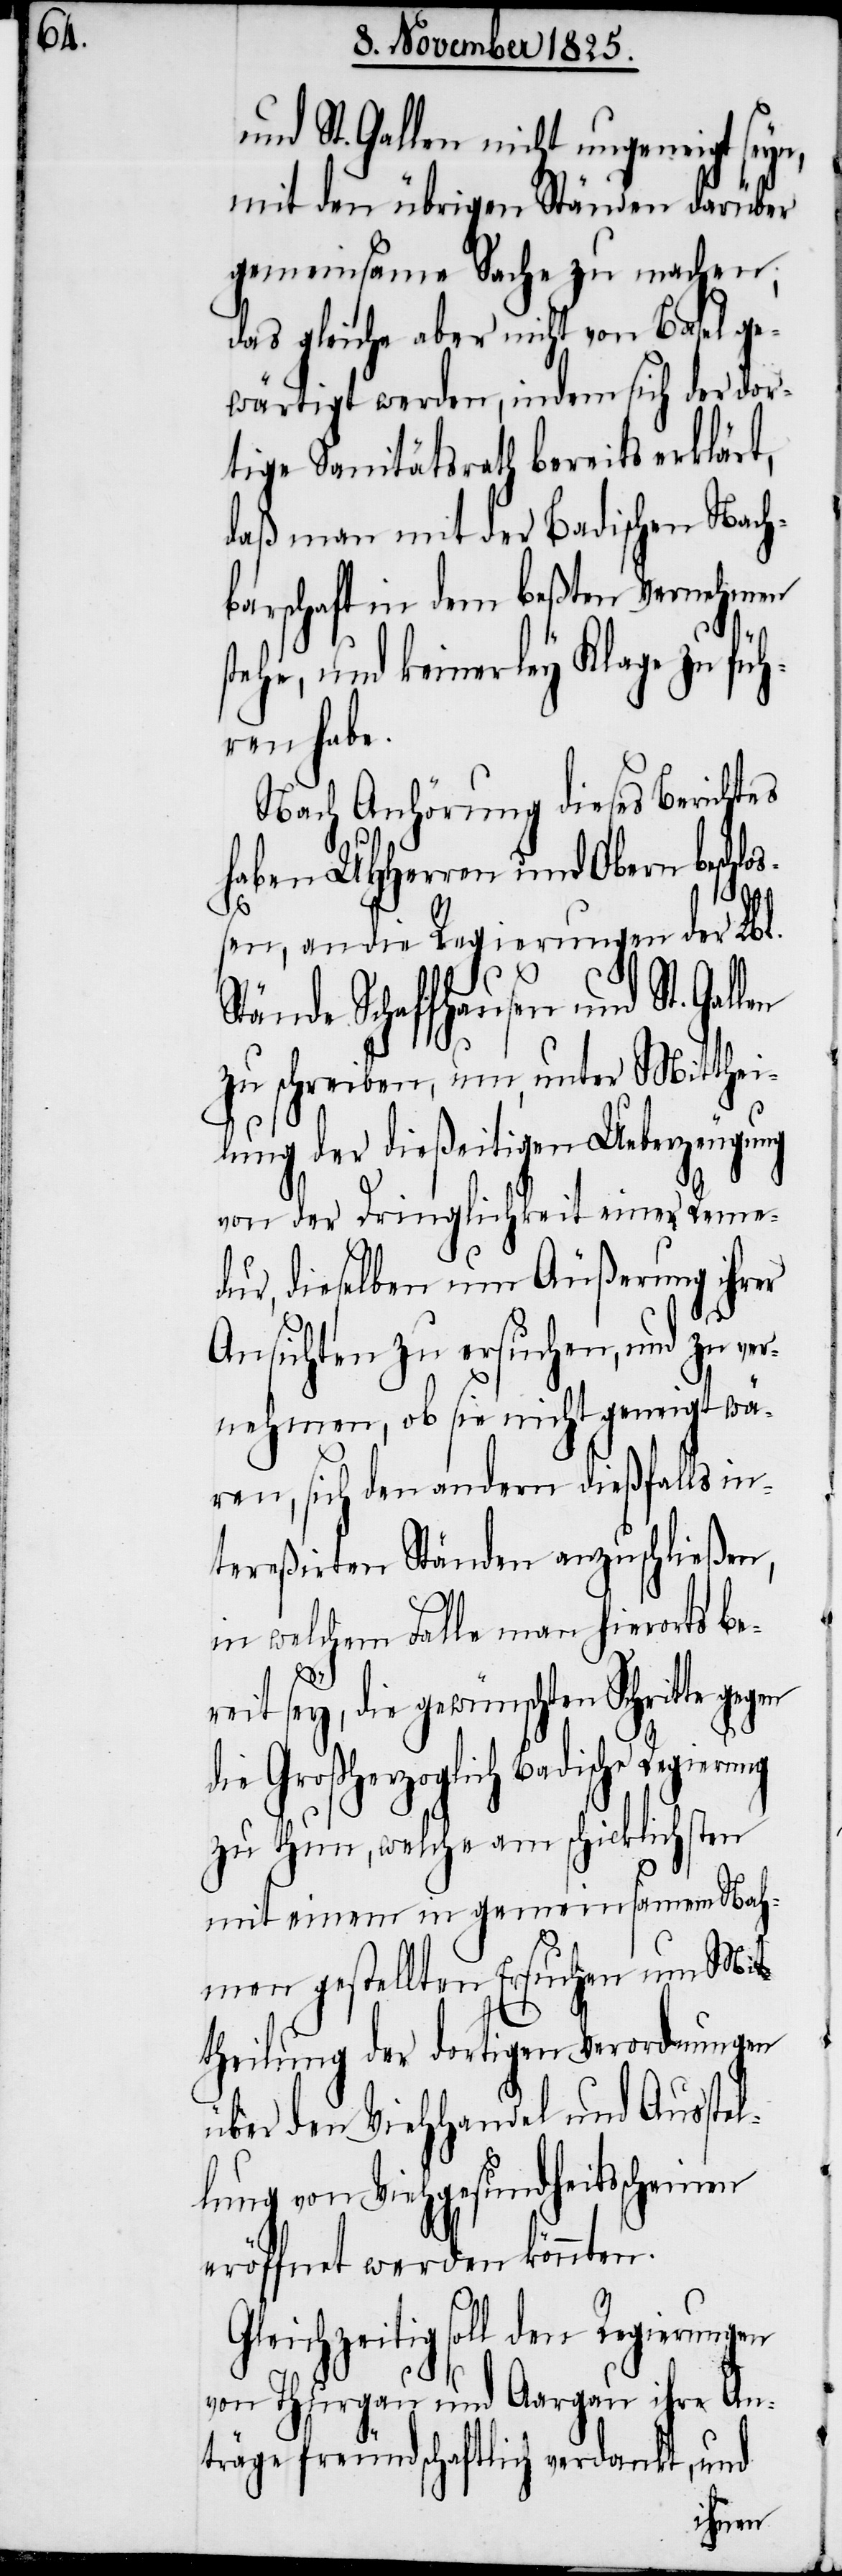
st¬

und St. Gallen nicht ungeneigt seyn,
mit den übrigen Ständen darüber
gemeinsame Sache zu machen;
das gleiche aber nicht von Basel ge¬
wärtigt werden, indem sich der dor¬
tige Sanitätsrath bereits erklärt,
daß man mit der Badischen Nach¬
barschaft in dem beßten Vernehmen
ehe, und keinerley Klage zu füh¬
ren habe.
Nach Anhörung dieses Berichtes
haben UHHerren und Obern beschl¬
ng
en, an die Regierungen der Lbl.
Stände Schaffhausen und St.
zu schreiben, um, unter Mitthei¬
lung der dießeitigen Ueberzeugung
von der Dringlichkeit einer Reme¬
dur, dieselben um Äußerung ihrer
Ansichten zu ersuchen, und zu ver¬
gt wä¬
nehmen, ob sie nicht genei¬
ren, sich den andern dießfalls in¬
tereßirten Ständen anzuschließen,
in welchem Falle man hierorts ber¬
eit sey, die gewünschten Schritte
die Großherzoglich Badische Regieru¬
zu thun, welche am schicklichsten
mit einem in gemeinsamem Na¬
hmen gestellten Ersuchen um Mit¬
theilung der dortigen Verordnungen
über den Viehhandel und Ausstel¬
lung von Viehgesundheitsscheinen
eröffnet werden könnten.
Gleichzeitig soll den Regierungen
von Thurgau und Aargau ihre An¬
träge freundschaftlich verdankt, und